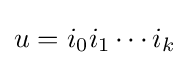
u={i}_{0}{i}_{1}\cdots {i}_{k}